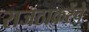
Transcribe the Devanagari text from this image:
राजठाकरेंचे